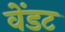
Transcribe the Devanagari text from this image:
वेंडट